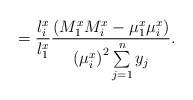
\begin{align*}=\frac{l_{i}^{x}}{l_{1}^{x}}\frac{\left( M_{1}^{x}M_{i}^{x}-\mu_{1}^{x}\mu_{i}^{x} \right)}{{(\mu_{i}^{x})}^{2}\sum\limits_{j=1}^n y_{j}}.\end{align*}